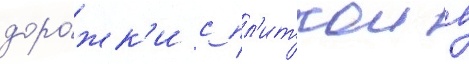
доро́жк'и с пл'иткои в